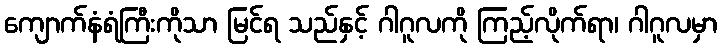
ကျောက်နံရံကြီးကိုသာ မြင်ရ သည်နှင့် ဂါဂူလကို ကြည့်လိုက်ရာ၊ ဂါဂူလမှာ